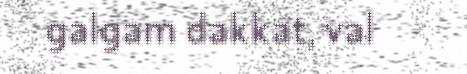
galgam dakkat, val